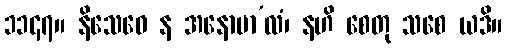
၁၁၄၇။ နိသေဓေ န အနောမာ’လံ၊ နဟိ စေတု သစေ ယဒိ။